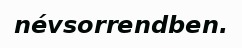
névsorrendben.